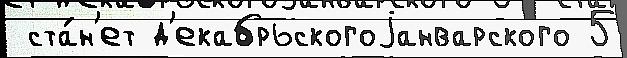
 ста́н'ет д'екабрьскогоjанварского 5